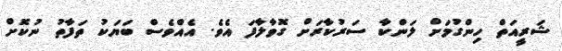
ޝަރީއަތް ހިންގުމަށް ލަންކާ ސަރުކާރަށް ގޮވާލާފަ އެވެ. އެއްވެސް ބަޔަކު ތަފާތު ނުކޮށް